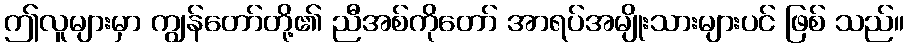
ဤလူများမှာ ကျွန်တော်တို့၏ ညီအစ်ကိုတော် အာရပ်အမျိုးသားများပင် ဖြစ် သည်။